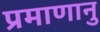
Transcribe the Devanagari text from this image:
प्रमाणानु